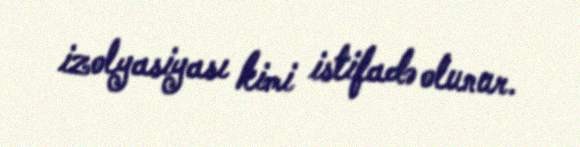
izolyasiyası kimi istifadə olunur.